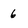
Character: 6